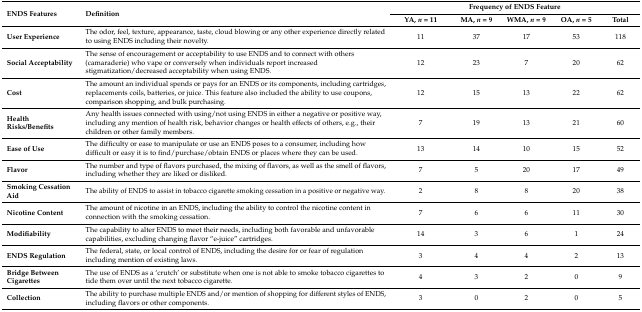
<table><thead><tr><td rowspan="2"><b>ENDS Features</b></td><td rowspan="2"><b>Definition</b></td><td colspan="5"><b>Frequency of ENDS Feature</b></td></tr><tr><td><b>YA, <i>n</i> = 11</b></td><td><b>MA, <i>n</i> = 9</b></td><td><b>WMA, <i>n</i> = 9</b></td><td><b>OA, <i>n</i> = 5</b></td><td><b>Total</b></td></tr></thead><tbody><tr><td><b>User Experience</b></td><td>The odor, feel, texture, appearance, taste, cloud blowing or any other experience directly related to using ENDS including their novelty.</td><td>11</td><td>37</td><td>17</td><td>53</td><td>118</td></tr><tr><td><b>Social Acceptability</b></td><td>The sense of encouragement or acceptability to use ENDS and to connect with others (camaraderie) who vape or conversely when individuals report increased stigmatization/decreased acceptability when using ENDS.</td><td>12</td><td>23</td><td>7</td><td>20</td><td>62</td></tr><tr><td><b>Cost</b></td><td>The amount an individual spends or pays for an ENDS or its components, including cartridges, replacements coils, batteries, or juice. This feature also included the ability to use coupons, comparison shopping, and bulk purchasing.</td><td>12</td><td>15</td><td>13</td><td>22</td><td>62</td></tr><tr><td><b>Health Risks/Benefits</b></td><td>Any health issues connected with using/not using ENDS in either a negative or positive way, including any mention of health risk, behavior changes or health effects of others, e.g., their children or other family members.</td><td>7</td><td>19</td><td>13</td><td>21</td><td>60</td></tr><tr><td><b>Ease of Use</b></td><td>The difficulty or ease to manipulate or use an ENDS poses to a consumer, including how difficult or easy it is to find/purchase/obtain ENDS or places where they can be used.</td><td>13</td><td>14</td><td>10</td><td>15</td><td>52</td></tr><tr><td><b>Flavor</b></td><td>The number and type of flavors purchased, the mixing of flavors, as well as the smell of flavors, including whether they are liked or disliked.</td><td>7</td><td>5</td><td>20</td><td>17</td><td>49</td></tr><tr><td><b>Smoking Cessation Aid</b></td><td>The ability of ENDS to assist in tobacco cigarette smoking cessation in a positive or negative way.</td><td>2</td><td>8</td><td>8</td><td>20</td><td>38</td></tr><tr><td><b>Nicotine Content</b></td><td>The amount of nicotine in an ENDS, including the ability to control the nicotine content in connection with the smoking cessation.</td><td>7</td><td>6</td><td>6</td><td>11</td><td>30</td></tr><tr><td><b>Modifiability</b></td><td>The capability to alter ENDS to meet their needs, including both favorable and unfavorable capabilities, excluding changing flavor “e-juice” cartridges. </td><td>14</td><td>3</td><td>6</td><td>1</td><td>24</td></tr><tr><td><b>ENDS Regulation</b></td><td>The federal, state, or local control of ENDS, including the desire for or fear of regulation including mention of existing laws.</td><td>3</td><td>4</td><td>4</td><td>2</td><td>13</td></tr><tr><td><b>Bridge Between Cigarettes</b></td><td>The use of ENDS as a ‘crutch’ or substitute when one is not able to smoke tobacco cigarettes to tide them over until the next tobacco cigarette.</td><td>4</td><td>3</td><td>2</td><td>0</td><td>9</td></tr><tr><td><b>Collection</b></td><td>The ability to purchase multiple ENDS and/or mention of shopping for different styles of ENDS, including flavors or other components.</td><td>3</td><td>0</td><td>2</td><td>0</td><td>5</td></tr></tbody></table>